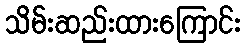
သိမ်းဆည်းထားကြောင်း